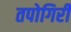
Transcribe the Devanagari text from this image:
तपोगिरी